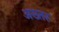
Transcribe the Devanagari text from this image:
अख्‍तर